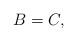
LaTeX: \begin{align*}B = C,\end{align*}